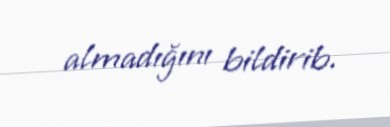
almadığını bildirib.